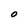
Character: O